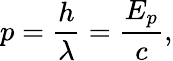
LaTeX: p={\frac{h}{\lambda}}={\frac{E_{p}}{c}},